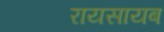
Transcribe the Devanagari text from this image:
रायसायब